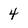
Character: 4